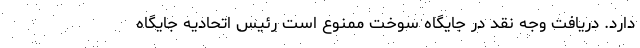
دارد. دریافت وجه نقد در جایگاه سوخت ممنوع است رئیس اتحادیه جایگاه